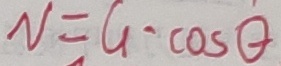
N = G \cdot \cos \theta